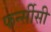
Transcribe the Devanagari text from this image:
फर्न्सीसी